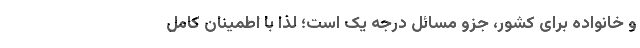
و خانواده برای کشور، جزو مسائل درجه‌ یک است؛ لذا با اطمینان کامل